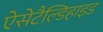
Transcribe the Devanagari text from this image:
ऐसेटैल्डिहाइड